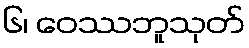
၆၊ ဝေဿဘူသုတ်